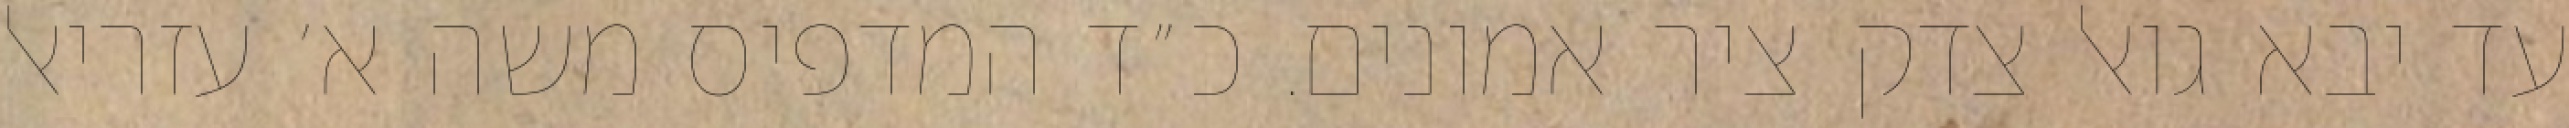
עד יבא גואל צדק ציר אמונים. כ״ד המדפיס משה א׳ עזריאל